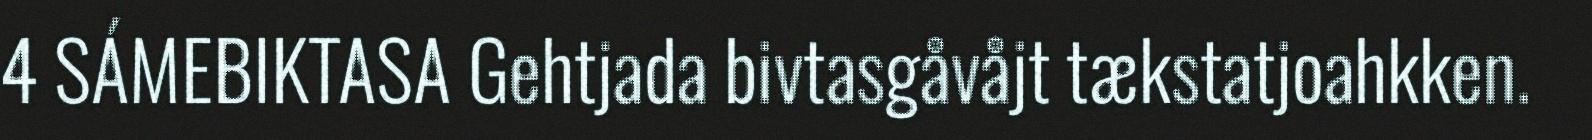
4 SÁMEBIKTASA Gehtjada bivtasgåvåjt tækstatjoahkken.